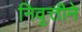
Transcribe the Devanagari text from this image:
निवृत्तीने